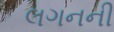
લગનની